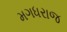
મગધરાજ